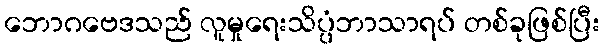
ဘောဂဗေဒသည် လူမှုရေးသိပ္ပံဘာသာရပ် တစ်ခုဖြစ်ပြီး